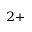
^ { 2 + }